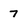
Character: 7